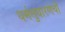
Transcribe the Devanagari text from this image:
धर्मसुधारणेची